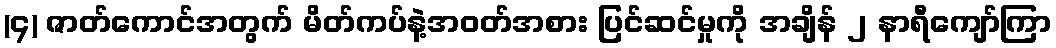
(၄) ဇာတ်ကောင်အတွက် မိတ်ကပ်နဲ့အဝတ်အစား ပြင်ဆင်မှုကို အချိန် ၂ နာရီကျော်ကြာ